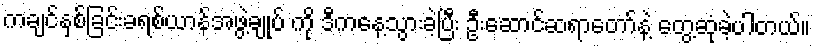
ကချင်နှစ်ခြင်းခရစ်ယာန်အဖွဲ့ချုပ် ကို ဒီကနေ့သွားခဲ့ပြီး ဦးဆောင်ဆရာတော်နဲ့ တွေ့ဆုံခဲ့ပါတယ်။